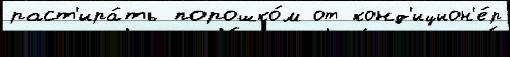
раст'ира́ть порошко́м от конд'ицион'е́р